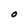
Character: O